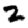
Digit: 2